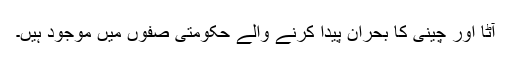
آٹا اور چینی کا بحران پیدا کرنے والے حکومتی صفوں میں موجود ہیں۔